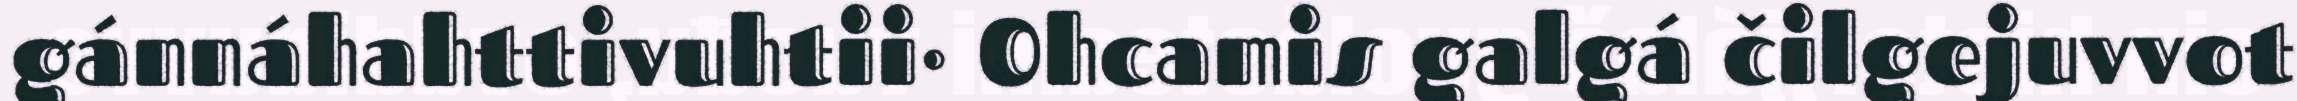
gánnáhahttivuhtii· Ohcamis galgá čilgejuvvot